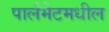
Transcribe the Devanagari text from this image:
पार्लमेटमधील